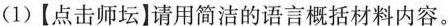
(1)【点击师坛】请用简洁的语言概括材料内容。